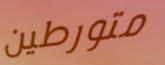
متورطين